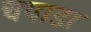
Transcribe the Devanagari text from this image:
चपाडा